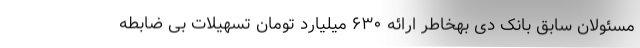
مسئولان سابق بانک دی بهخاطر ارائه ۶۳۰ میلیارد تومان تسهیلات بی ضابطه